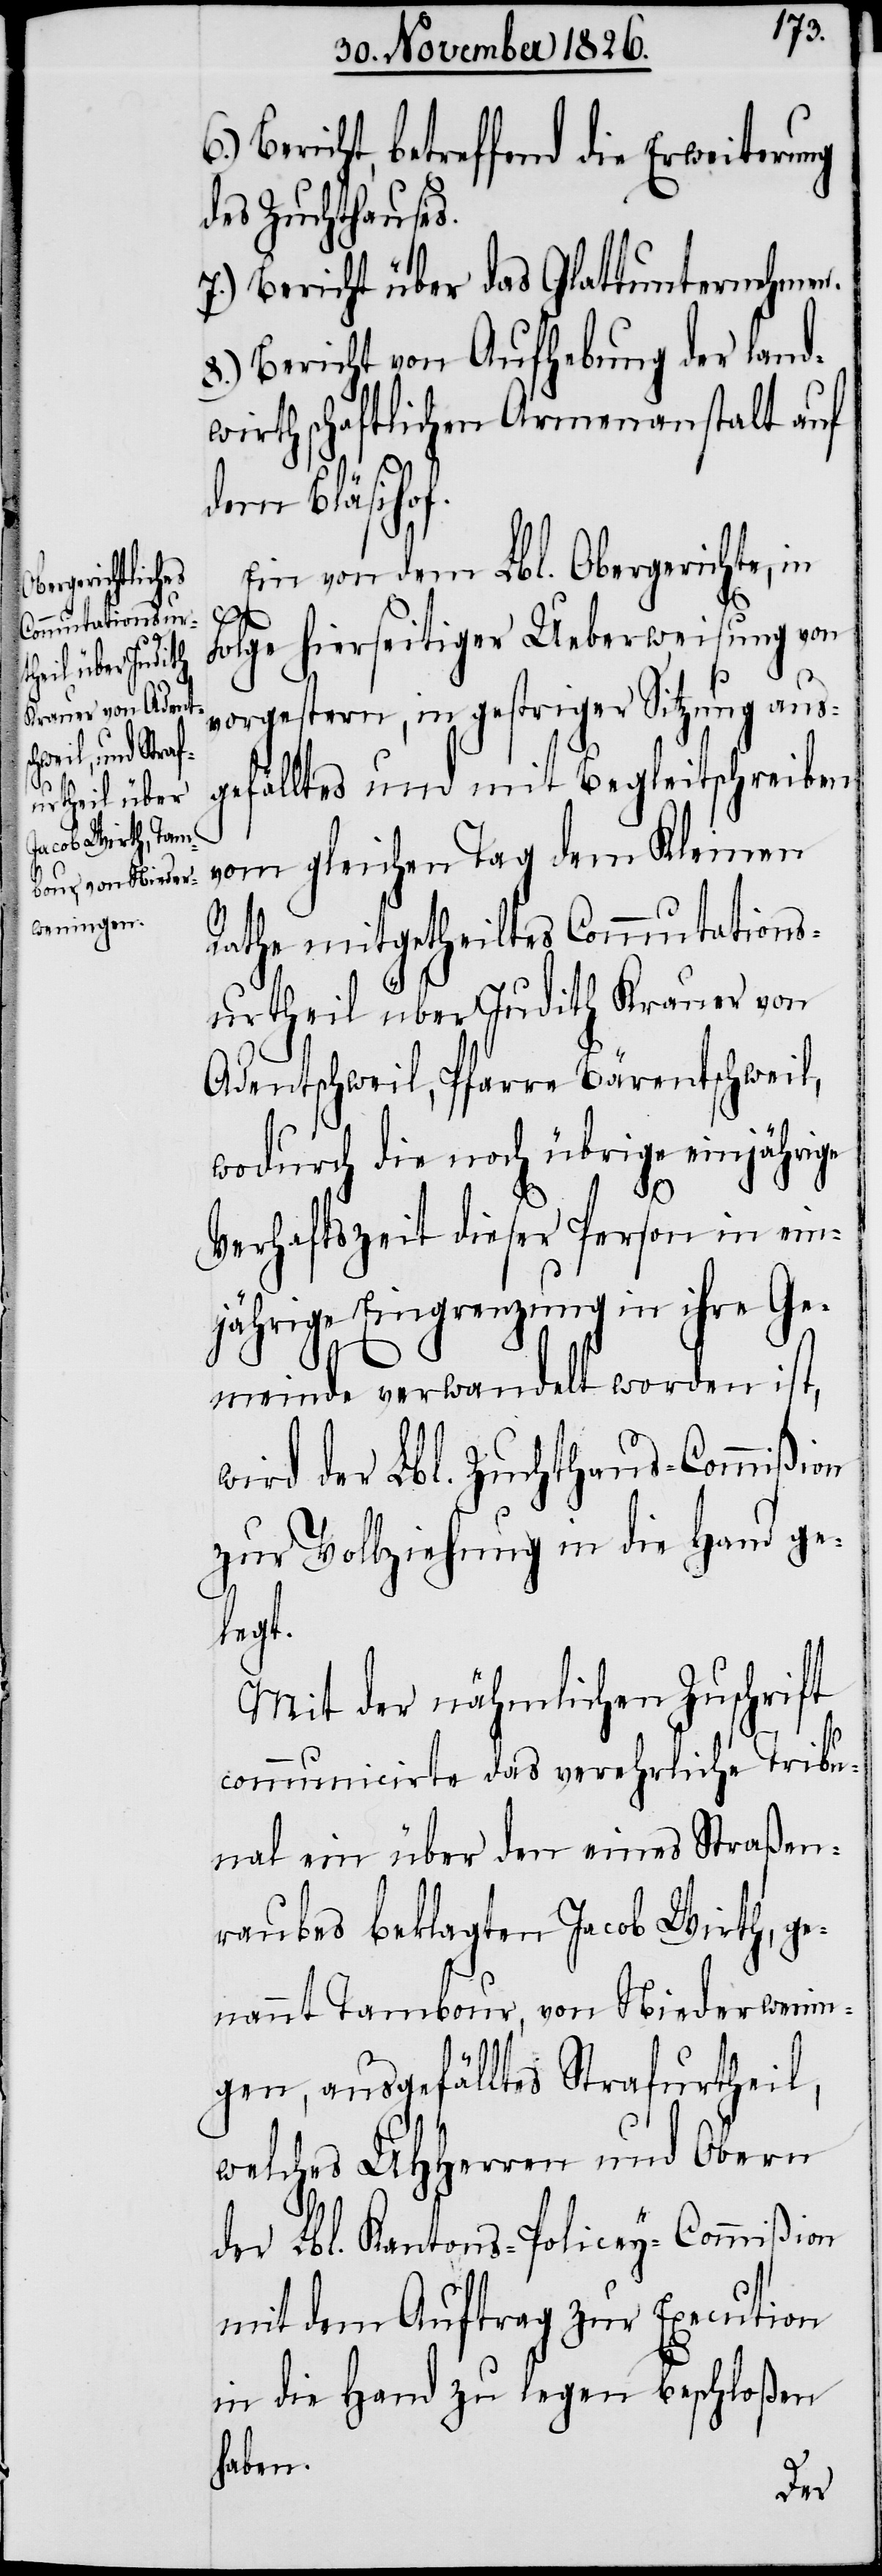
Bericht, betreffend die Erweiterung
des Zuchthauses.
7.) Bericht über das Glattunternehmen.
8.) Bericht von Aufhebung der land¬
wirthschaftlichen Armenanstalt auf
dem Bläsihof.
Ein von dem Lbl. Obergerichte, in
Folge hierseitiger Ueberweisung von
vorgestern, in gestriger Sitzung aus¬
gefälltes und mit Begleitschreiben
vom gleichen Tag dem Kleinen
Rathe mitgetheiltes Commutations¬
urtheil über Judith Krauer von
Adentschweil, Pfarre Bärentschweil,
wodurch die noch übrige einjährige
6.)
Verhaftszeit dieser Person in ein¬
jährige Eingrenzung in ihre Ge¬
meinde verwandelt worden ist,
wird der Lbl. Zuchthaus-Commißion
zur Vollziehung in die Hand ge¬
legt.
Mit der nähmlichen Zuschrift
communicirte das verehrliche Tribu¬
nal ein über den eines Straßen¬
raubes beklagten Jacob Wirth, ge¬
nannt Tambour, von Niederwenin¬
gen, ausgefälltes Strafurtheil,
welches UHHerren und Obern
der Lbl. Kantons-Policey-Commißion
mit dem Auftrag zur Execution
in die Hand zu legen beschloßen
haben.